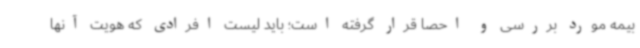
بیمه مورد بررسی و احصا قرار گرفته است؛ باید لیست افرادی که هویت آنها